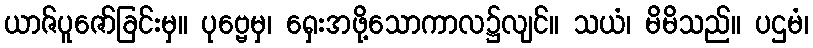
ယာဇ်ပူဇော်ခြင်းမှ။ ပုဗ္ဗေမှ၊ ရှေးအဖို့သောကာလ၌လျင်။ သယံ၊ မိမိသည်။ ပဌမံ၊